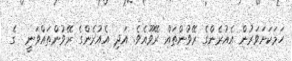
ހަމަކަށަވަރުން އެއުރެންގެ ރޭވުންތައް ރޭވޫއެވެ. އަދި އެއުރެންގެ ރޭވުންތައްވަނީ  ގެ